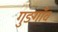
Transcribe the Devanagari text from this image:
गुङगाँव